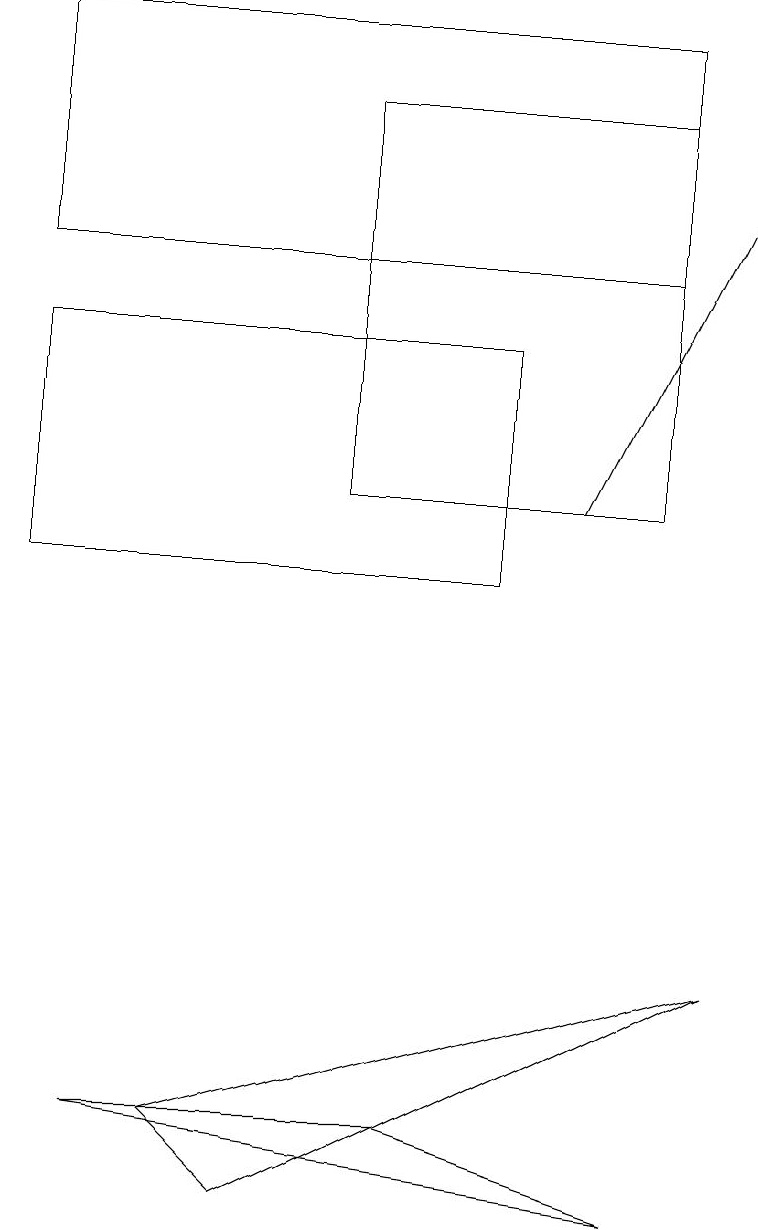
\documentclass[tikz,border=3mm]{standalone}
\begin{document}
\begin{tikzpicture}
\draw[->] (7,13) -- (9,17);
\draw (0,12) rectangle (6,15);
\draw (3,19) rectangle (7,19);
\draw (0,16) rectangle (8,19);
\draw (3,4) -- (2,5) -- (9,7) -- cycle;
\draw (8,18) rectangle (4,13);
\draw (8,4) -- (5,5) -- (1,5) -- cycle;
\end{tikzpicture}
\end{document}